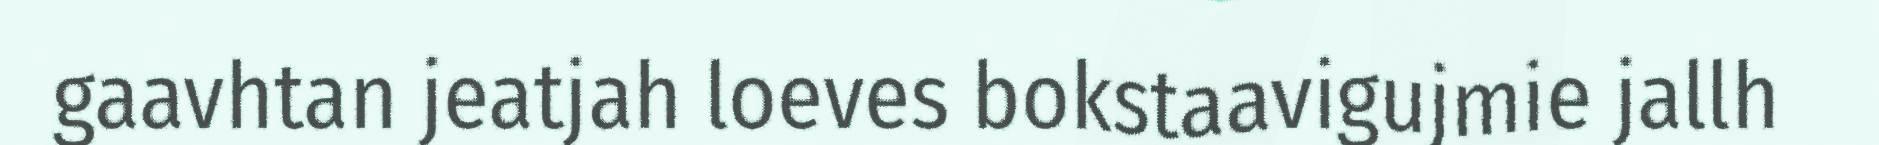
gaavhtan jeatjah loeves bokstaavigujmie jallh